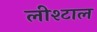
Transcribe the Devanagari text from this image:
लीश्टाल